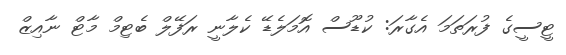
ޓީސީގެ ފުރަތަމަ އެގާރަ: ކުޑޫސް އޮމަލެޑޭ ކެލާނީ ރަފޭލް ބެޓިމް މާޓް ނާއިޒް